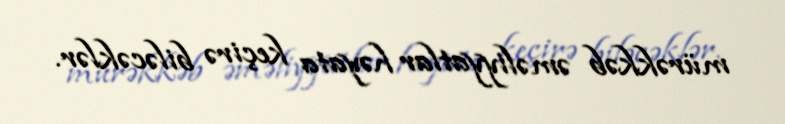
mürəkkəb əməliyyatlar həyata keçirə biləcəklər.